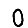
Digit: 0